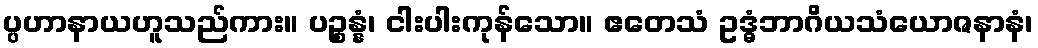
ပ္ပဟာနာယဟူသည်ကား။ ပဉ္စန္နံ၊ ငါးပါးကုန်သော။ ဧတေသံ ဥဒ္ဓံဘာဂိယသံယောဇနာနံ၊